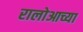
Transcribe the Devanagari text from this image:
रालोआच्या